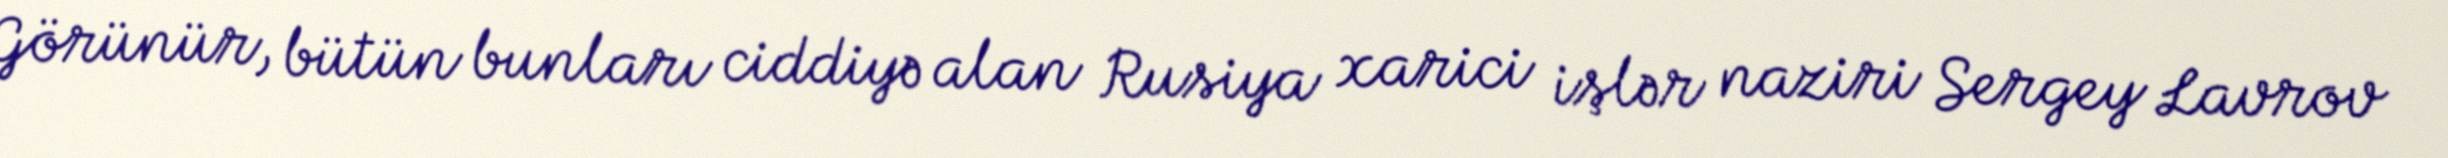
Görünür, bütün bunları ciddiyə alan Rusiya xarici işlər naziri Sergey Lavrov